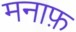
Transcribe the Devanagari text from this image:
मनाफ़